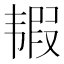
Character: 𩐀